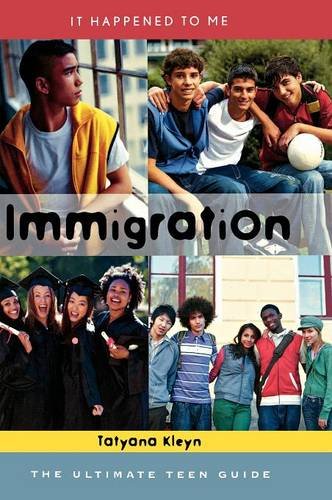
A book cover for Immigration: The Ultimate Teen Guide (It Happened to Me); Tatyana Kleyn; Children's Books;